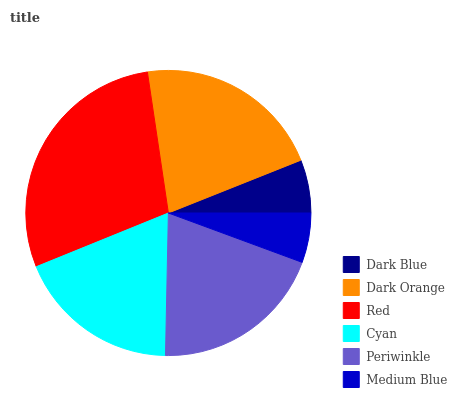
| Dark Blue | Dark Orange | Red | Cyan | Periwinkle | Medium Blue |
 | --- | --- | --- | --- | --- | --- |
 | 6.03% | 21.3% | 28.8% | 18.5% | 19.7% | 5.62% |